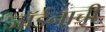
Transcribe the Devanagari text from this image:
जॉर्डनाची